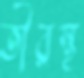
তীরস্থ